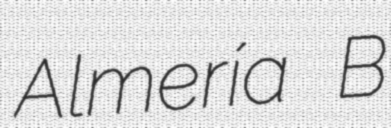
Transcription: Almería B